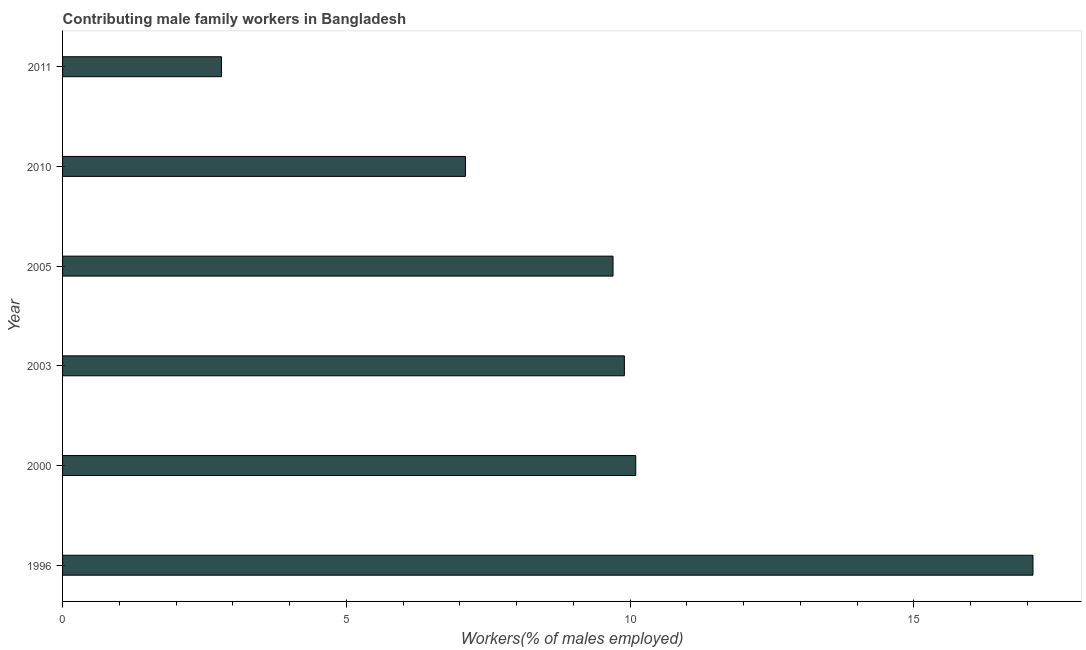
| Year | Contributing family workers |
 | --- | --- |
 | 1996 | 17.1 |
 | 2000 | 10.1 |
 | 2003 | 9.9 |
 | 2005 | 9.7 |
 | 2010 | 7.1 |
 | 2011 | 2.8 |